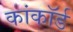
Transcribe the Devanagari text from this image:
कांकॉर्ड